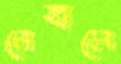
নেবালে